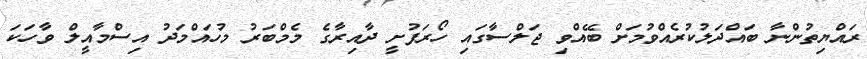
ރައްޔިތުންނާ ބައްދަލުކުރެއްވުމަށް ބޭއްވި ޖަލްސާގައި ހޯރަފުށީ ދާއިރާގެ މެމްބަރު މުހައްމަދު އިސްމާއީލް ވާހަކަ